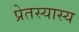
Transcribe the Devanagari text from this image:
प्रेतस्यास्य